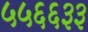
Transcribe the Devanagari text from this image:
५५६६३३